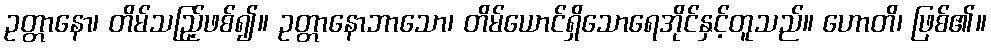
ဥတ္တာနော၊ တိမ်သည်ြ့ဖစ်၍။ ဥတ္တာနောဘာသော၊ တိမ်ယောင်ရှိသောရေအိုင်နှင့်တူသည်။ ဟောတိ၊ ဖြစ်၏။